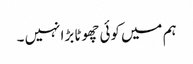
ہم میں کوئی چھوٹا بڑا نہیں ۔